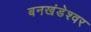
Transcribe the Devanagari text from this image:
बनखंडेश्वर